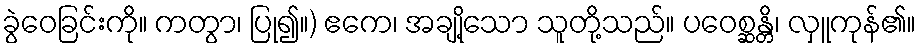
ခွဲဝေခြင်းကို။ ကတွာ၊ ပြု၍။) ဧကေ၊ အချို့သော သူတို့သည်။ ပဝေစ္ဆန္တိ၊ လှူကုန်၏။